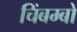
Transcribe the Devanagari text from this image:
चिंबम्बो